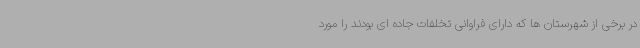
در برخی از شهرستان ها که دارای فراوانی تخلفات جاده ای بودند را مورد